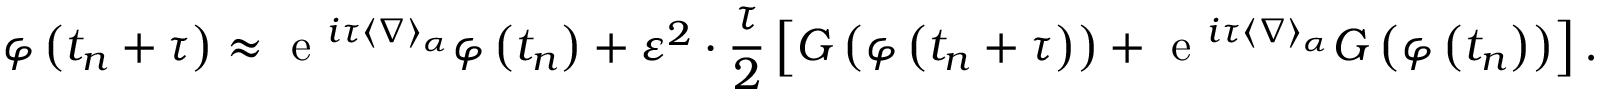
\varphi \left( t _ { n } + \tau \right) \approx \textrm { e } ^ { i \tau \langle \nabla \rangle _ { \alpha } } \varphi \left( t _ { n } \right) + \varepsilon ^ { 2 } \cdot \frac { \tau } { 2 } \left[ G \left( \varphi \left( t _ { n } + \tau \right) \right) + \textrm { e } ^ { i \tau \langle \nabla \rangle _ { \alpha } } G \left( \varphi \left( t _ { n } \right) \right) \right] .